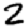
Digit: 2